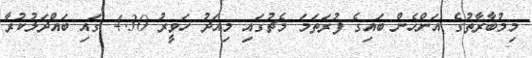
މިމުބާރާތުގެ އަންހެން ބައިގެ ފުރަތަމަ މެޗުގައި މިއަދު ހަވީރު 4:30 ގައި ބައްދަލުކުރާ